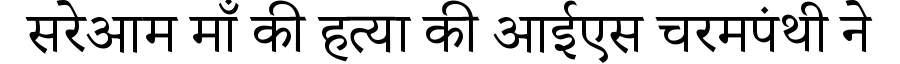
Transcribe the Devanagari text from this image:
सरेआम माँ की हत्या की आईएस चरमपंथी ने